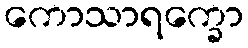
ကောသာရက္ခော